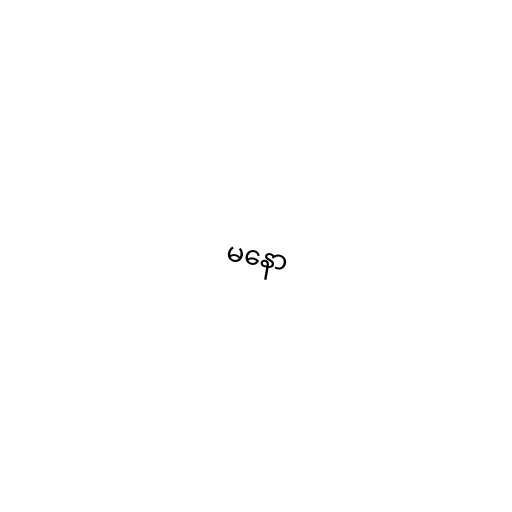
မနော